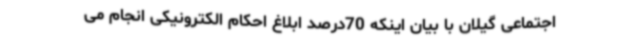
اجتماعی گیلان با بیان اینکه 70درصد ابلاغ احکام الکترونیکی انجام می